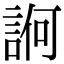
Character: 𧨂